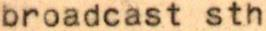
broadcast sth